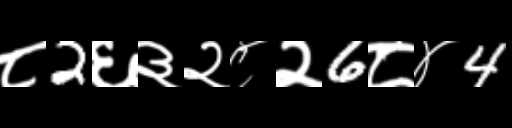
Text: ८2६३२८२6८४4